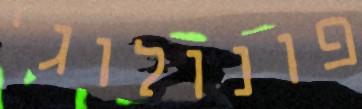
פונולוגי